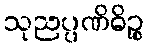
သုညပ္ပဏိဓိဉ္စ